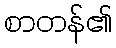
စာတန်၏